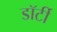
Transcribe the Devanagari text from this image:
डॉर्टी